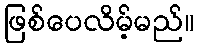
ဖြစ်ပေလိမ့်မည်။